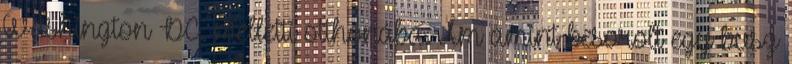
Washington DC. melletti otthonába. Ám amint besorolt egy busz